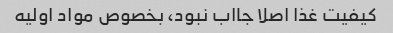
کیفیت غذا اصلا جااب نبود، بخصوص مواد اولیه